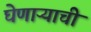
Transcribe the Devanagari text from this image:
घेणाऱ्याची